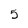
Character: 5